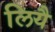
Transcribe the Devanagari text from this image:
लियै